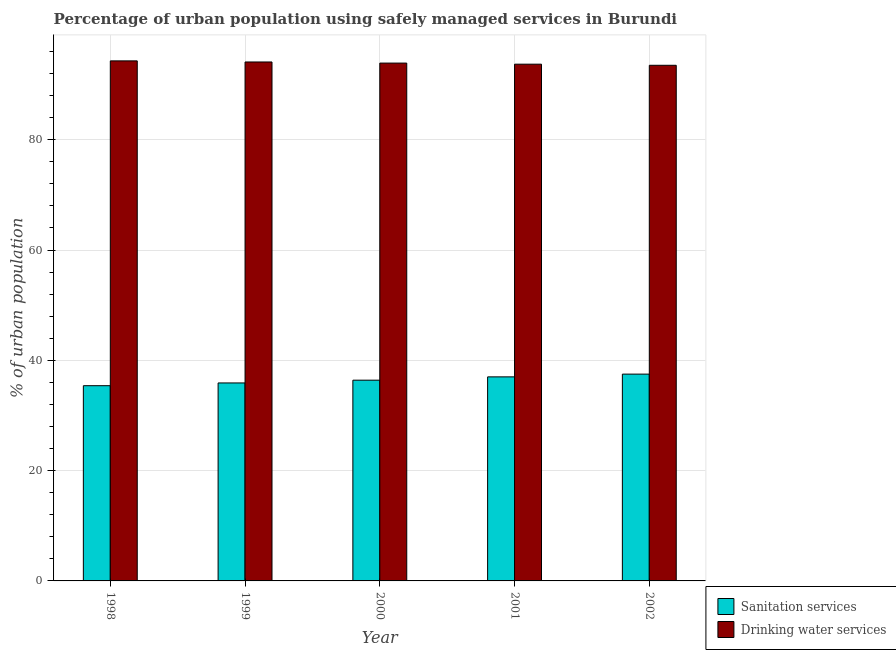
| Year | Sanitation services | Drinking water services |
 | --- | --- | --- |
 | 1998 | 35.4 | 94.3 |
 | 1999 | 35.9 | 94.1 |
 | 2000 | 36.4 | 93.9 |
 | 2001 | 37 | 93.7 |
 | 2002 | 37.5 | 93.5 |